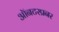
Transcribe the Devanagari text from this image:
ऑनटरप्रनर